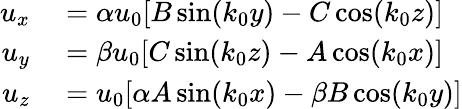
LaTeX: \begin{array}{rl}{u_{x}}&{{}=\alpha u_{0}[B\sin(k_{0}y)-C\cos(k_{0}z)]}\\ {u_{y}}&{{}=\beta u_{0}[C\sin(k_{0}z)-A\cos(k_{0}x)]}\\ {u_{z}}&{{}=u_{0}[\alpha A\sin(k_{0}x)-\beta B\cos(k_{0}y)]}\end{array}